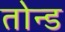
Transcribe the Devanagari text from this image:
तोन्ड